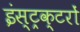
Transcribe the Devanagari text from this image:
इंस्ट्रक्टरों